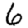
Digit: 6